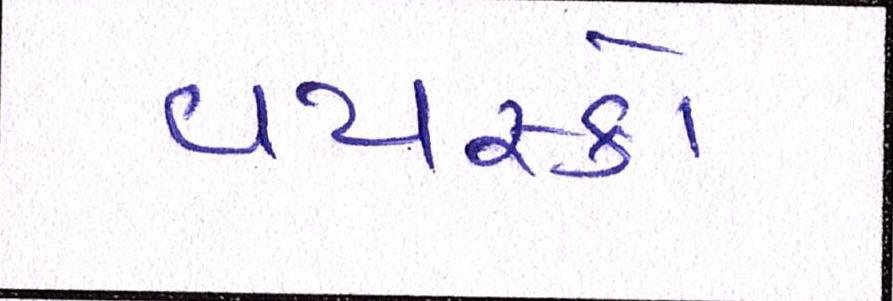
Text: વયસ્કો